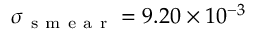
\sigma _ { \mathrm { ~ s ~ m ~ e ~ a ~ r ~ } } = 9 . 2 0 \times 1 0 ^ { - 3 }